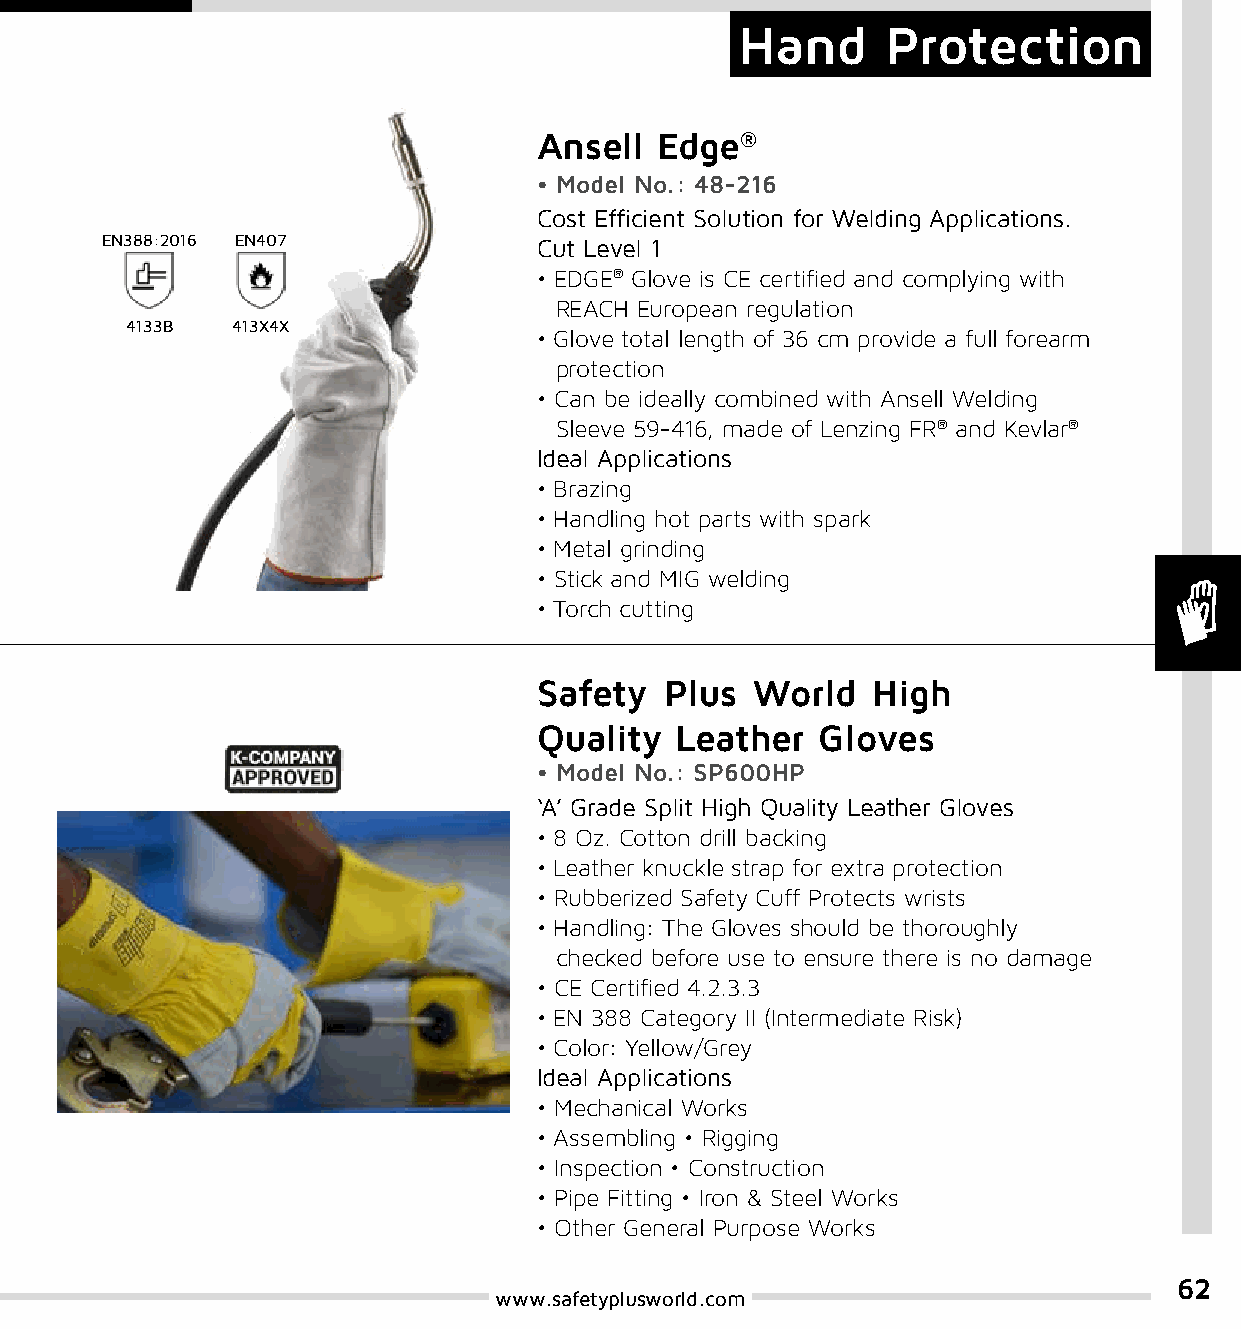
Hand      Protection
 Ansell Edge®
 • Model No.: 48-216
 Cost Efficient Solution for Welding Applications.
 EN388:2016 EN407             Cut Level 1
 • EDGE® Glove is CE certified and complying with
 REACH European regulation
 4133B  413X4X
 • Glove total length of 36 cm provide a full forearm
 protection
 • Can be ideally combined with Ansell Welding
 Sleeve 59-416, made of Lenzing FR® and Kevlar®
 Ideal Applications
 • Brazing
 • Handling hot parts with spark
 • Metal grinding
 • Stick and MIG welding
 • Torch cutting
 Safety  Plus  World   High
 Quality  Leather  Gloves
 • Model No.: SP600HP
 ‘A’ Grade Split High Quality Leather Gloves
 • 8 Oz. Cotton drill backing
 • Leather knuckle strap for extra protection
 • Rubberized Safety Cuff Protects wrists
 • Handling: The Gloves should be thoroughly
 checked before use to ensure there is no damage
 • CE Certified 4.2.3.3
 • EN 388 Category II (Intermediate Risk)
 • Color: Yellow/Grey
 Ideal Applications
 • Mechanical Works
 • Assembling • Rigging
 • Inspection • Construction
 • Pipe Fitting • Iron & Steel Works
 • Other General Purpose Works
 62
 www.safetyplusworld.com